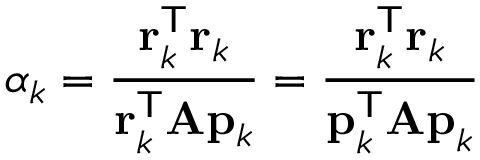
\alpha _ { k } = { \frac { \mathbf { r } _ { k } ^ { \mathsf { T } } \mathbf { r } _ { k } } { \mathbf { r } _ { k } ^ { \mathsf { T } } \mathbf { A } \mathbf { p } _ { k } } } = { \frac { \mathbf { r } _ { k } ^ { \mathsf { T } } \mathbf { r } _ { k } } { \mathbf { p } _ { k } ^ { \mathsf { T } } \mathbf { A p } _ { k } } }